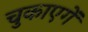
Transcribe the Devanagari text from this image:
चुकाएगें